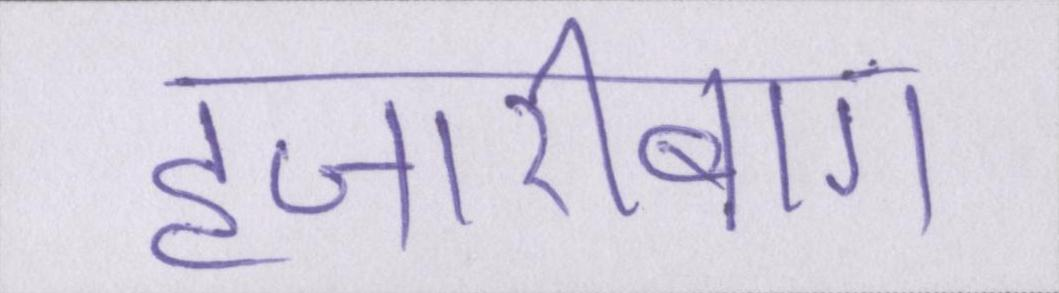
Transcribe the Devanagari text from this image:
हजारीबाग